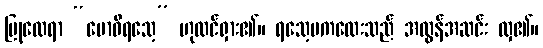
ပြုလေရာ “ဗောဓိရသေ့” ဟုထင်ရှား၏။ ရသေ့မကလေးသည် အလွန်အဆင်း လှ၏။